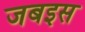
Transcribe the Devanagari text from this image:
जबइस